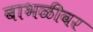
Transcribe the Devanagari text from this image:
बाभळीवर